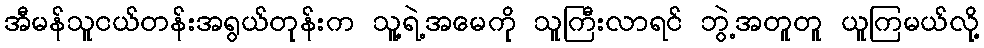
အီမန်သူငယ်တန်းအရွယ်တုန်းက သူ့ရဲ့အမေကို သူကြီးလာရင် ဘွဲ့အတူတူ ယူကြမယ်လို့